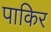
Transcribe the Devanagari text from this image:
पाकिर